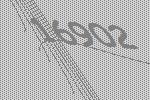
16902